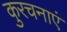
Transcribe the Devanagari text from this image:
कुरचनाएं